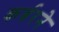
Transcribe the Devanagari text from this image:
कर्बरने